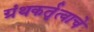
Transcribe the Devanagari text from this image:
ग्रंथकर्तृत्वाचे